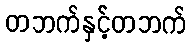
တဘက်နှင့်တဘက်